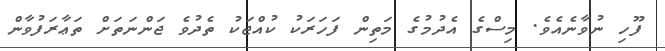
ފޫހި ނުވާނެއެވެ. މިސްގެ އެދުމުގެ މަތިން ފަހަރަކު ކުއްޖަކު ތެދުވެ ޖަންނަތަށް ތަޢާރަފުވާން